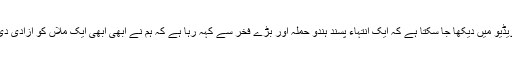
ایک ویڈیو میں دیکھا جا سکتا ہے کہ ایک انتہاء پسند ہندو حملہ آور بڑے فخر سے کہہ رہا ہے کہ ہم نے ابھی ابھی ایک ملاں کو آزادی دی ہے۔